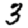
Digit: 3